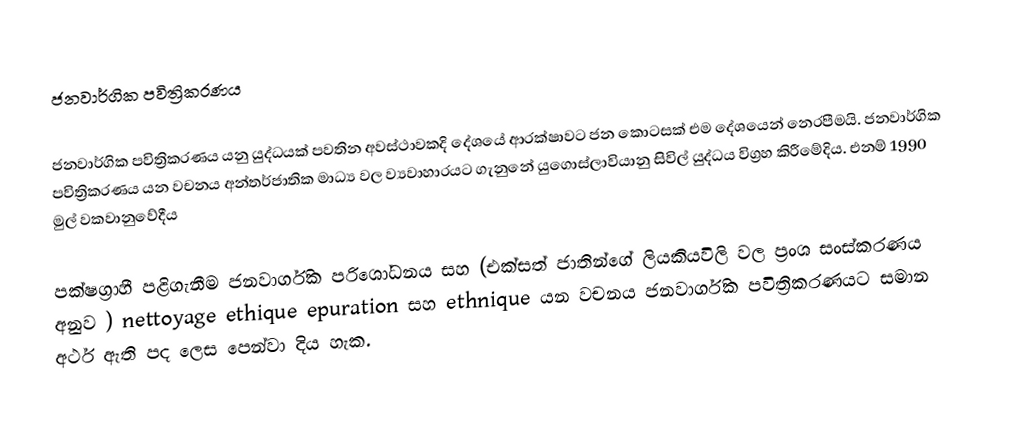
ජනවාර්ගික පවිත්‍රිකරණය

ජනවාර්ගික පවිත්‍රිකරණය යනු යුද්ධයක් පවතින අවස්ථාවකදි දේශයේ ආරක්ෂාවට ජන කොටසක් එම දේශයෙන් නෙරපීමයි. ජනවාර්ගික පවිත්‍රිකරණය යන වචනය අන්තර්ජාතික මාධ්‍ය වල ව්‍යවාහාරයට ගැනුනේ යුගොස්ලාවියානු සිවිල් යුද්ධය විග්‍රහ කිරීමේදිය. එනම් 1990 මුල් වකවානුවේදීය

පක්ෂග්‍රාහී පළිගැනීම ජනවාර්ගික පරිශෝධනය සහ (එක්සත් ජාතින්ගේ ලියකියවිලි වල ප්‍රංශ සංස්කරණය අනුව ) nettoyage ethique  epuration සහ ethnique යන වචනය ජනවාර්ගික පවිත්‍රිකරණයට සමාන අර්ථ ඇති පද ලෙස පෙන්වා දිය හැක.